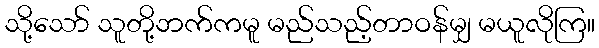
သို့သော် သူတို့ဘက်ကမူ မည်သည့်တာဝန်မျှ မယူလိုကြ။